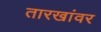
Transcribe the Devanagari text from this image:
तारखांवर